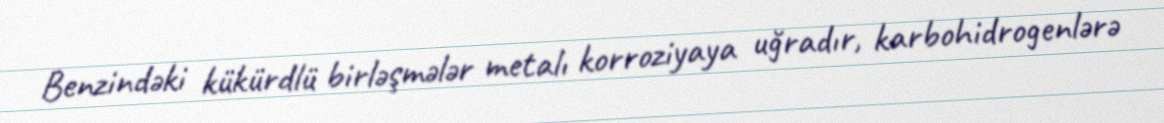
Benzindəki kükürdlü birləşmələr metalı korroziyaya uğradır, karbohidrogenlərə